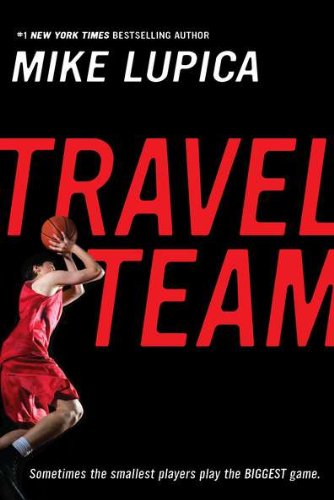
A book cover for Travel Team; Mike Lupica; Children's Books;